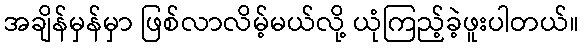
အချိန်မှန်မှာ ဖြစ်လာလိမ့်မယ်လို့ ယုံကြည့်ခဲ့ဖူးပါတယ်။